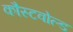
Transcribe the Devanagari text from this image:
कौस्टवोल्ड